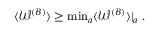
\begin{array} { r } { \langle \mathcal { W } ^ { ( B ) } \rangle \geq \operatorname* { m i n } _ { a } \langle \mathcal { W } ^ { ( B ) } \rangle | _ { a } \; . } \end{array}